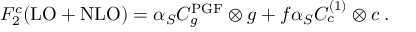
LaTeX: F _ { 2 } ^ { c } ( \mathrm { L O } + \mathrm { N L O } ) = \alpha _ { S } C _ { g } ^ { \mathrm { P G F } } \otimes g + f \alpha _ { S } C _ { c } ^ { ( 1 ) } \otimes c \; .